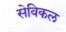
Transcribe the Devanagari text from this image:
सेविकल